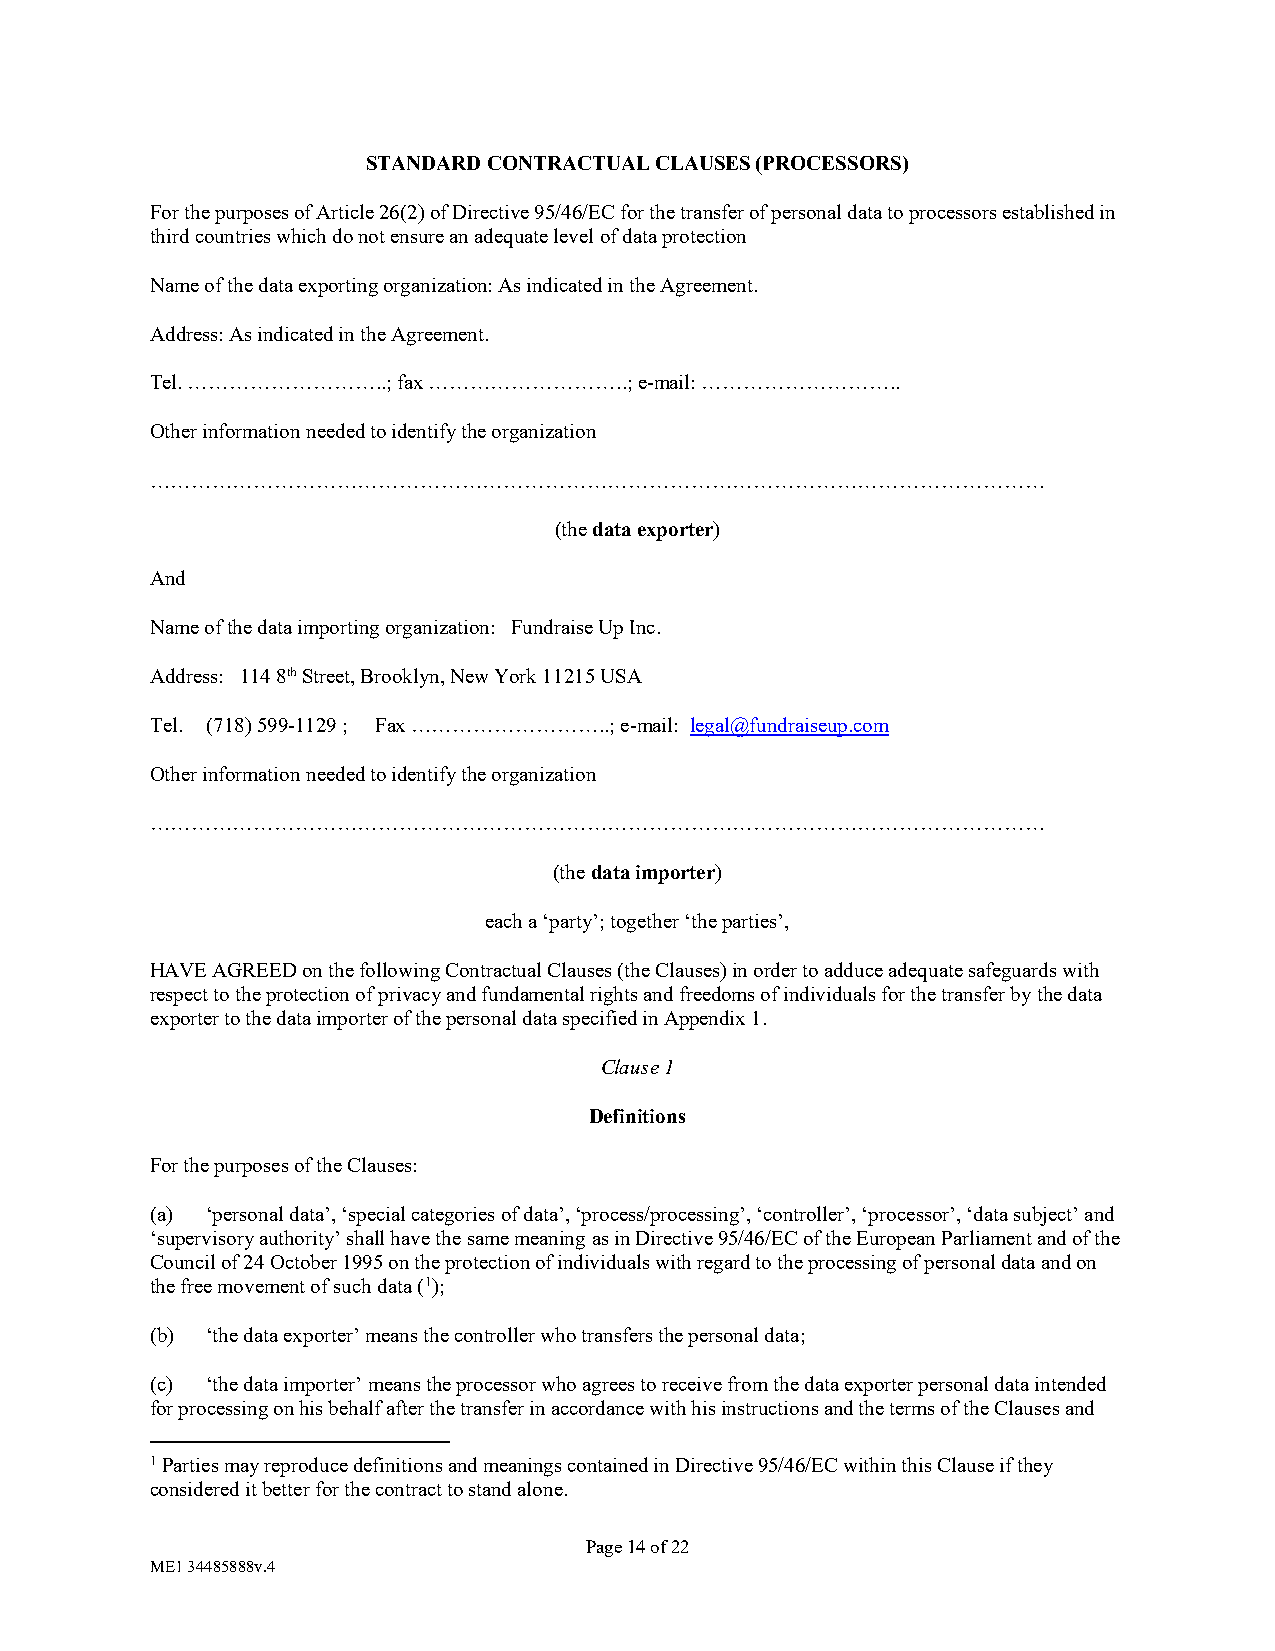
STANDARD CONTRACTUAL CLAUSES (PROCESSORS)
 For the purposes of Article 26(2) of Directive 95/46/EC for the transfer of personal data to processors established in
 third countries which do not ensure an adequate level of data protection
 Name of the data exporting organization: As indicated in the Agreement.
 Address: As indicated in the Agreement.
 Tel. ………………………..; fax ………………………..; e-mail: ………………………..
 Other information needed to identify the organization
 …………………………………………………………………………………………………………………
 (the data exporter)
 And
 Name of the data importing organization: Fundraise Up Inc.
 Address: 114 8th Street, Brooklyn, New York 11215 USA
 Tel. (718) 599-1129 ; Fax ………………………..; e-mail: legal@fundraiseup.com
 Other information needed to identify the organization
 …………………………………………………………………………………………………………………
 (the data importer)
 each a ‘party’; together ‘the parties’,
 HAVE AGREED on the following Contractual Clauses (the Clauses) in order to adduce adequate safeguards with
 respect to the protection of privacy and fundamental rights and freedoms of individuals for the transfer by the data
 exporter to the data importer of the personal data specified in Appendix 1.
 Clause 1
 Definitions
 For the purposes of the Clauses:
 (a) ‘personal data’, ‘special categories of data’, ‘process/processing’, ‘controller’, ‘processor’, ‘data subject’ and
 ‘supervisory authority’ shall have the same meaning as in Directive 95/46/EC of the European Parliament and of the
 Council of 24 October 1995 on the protection of individuals with regard to the processing of personal data and on
 the free movement of such data (1);
 (b) ‘the data exporter’ means the controller who transfers the personal data;
 (c) ‘the data importer’ means the processor who agrees to receive from the data exporter personal data intended
 for processing on his behalf after the transfer in accordance with his instructions and the terms of the Clauses and
 1 Parties may reproduce definitions and meanings contained in Directive 95/46/EC within this Clause if they
 considered it better for the contract to stand alone.
 Page 14 of 22
 ME1 34485888v.4